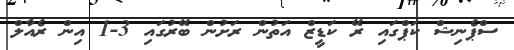
ސްޕެނިޝް ކަޕްގައި ރޭ ކަޑީޒް އަތުން ރަށުން ބޭރުގައި 3-1 އިން ރެއާލް